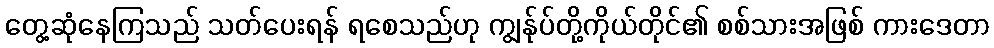
တွေ့ဆုံနေကြသည် သတ်ပေးရန် ရစေသည်ဟု ကျွန်ုပ်တို့ကိုယ်တိုင်၏ စစ်သားအဖြစ် ကားဒေတာ